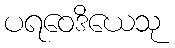
ပရဝေဒိယေသု